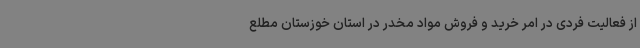
از فعالیت فردی در امر خرید و فروش مواد مخدر در استان خوزستان مطلع